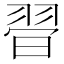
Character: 𦐲